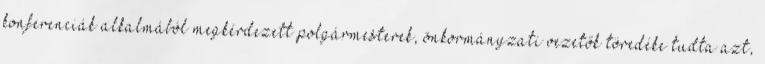
konferenciák alkalmából megkérdezett polgármesterek, önkormányzati vezetők töredéke tudta azt,